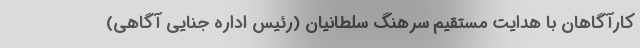
کارآگاهان با هدایت مستقیم سرهنگ سلطانیان (رئیس اداره جنایی آگاهی)